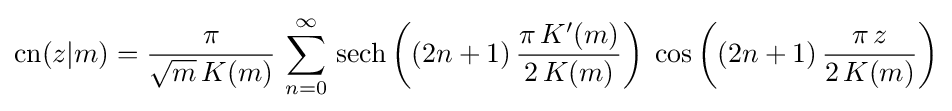
\operatorname {cn} (z|m)={\frac {\pi }{{\sqrt {m}}\,K(m)}}\,\sum _{n=0}^{\infty }\,\operatorname {sech} \left((2n+1)\,{\frac {\pi \,K'(m)}{2\,K(m)}}\right)\;\cos \left((2n+1)\,{\frac {\pi \,z}{2\,K(m)}}\right)